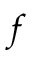
f